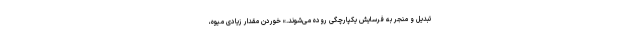
تبدیل و منجر به فرسایش یکپارچگی روده می‌شوند.» خوردن مقدار زیادی میوه،